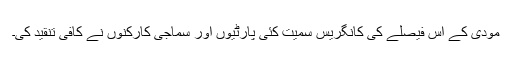
مودی کے اس فیصلے کی کانگریس سمیت کئی پارٹیوں اور سماجی کارکنوں نے کافی تنقید کی۔